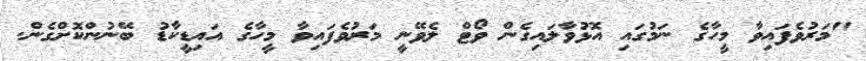
"މަރުވެފައިވާ މީހާގެ ނަމުގައި އޮޅުވާލައިގެން ވޯޓް ލެވޭނީ މަރުވެފައިވާ މީހާގެ އައިޑީކާޑު ބޭނުންކޮށްގެން.